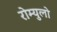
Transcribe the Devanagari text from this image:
रोम्युलो